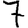
Digit: 7